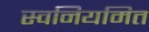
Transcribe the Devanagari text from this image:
स्वनियमित